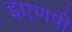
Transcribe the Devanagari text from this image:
इएणपी